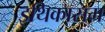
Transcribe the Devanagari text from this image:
इथिकासम